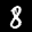
Label: 8